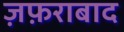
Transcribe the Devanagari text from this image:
ज़फ़राबाद